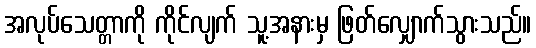
အလုပ်သေတ္တာကို ကိုင်လျက် သူ့အနားမှ ဖြတ်လျှောက်သွားသည်။